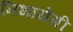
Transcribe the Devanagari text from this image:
निभायेगी